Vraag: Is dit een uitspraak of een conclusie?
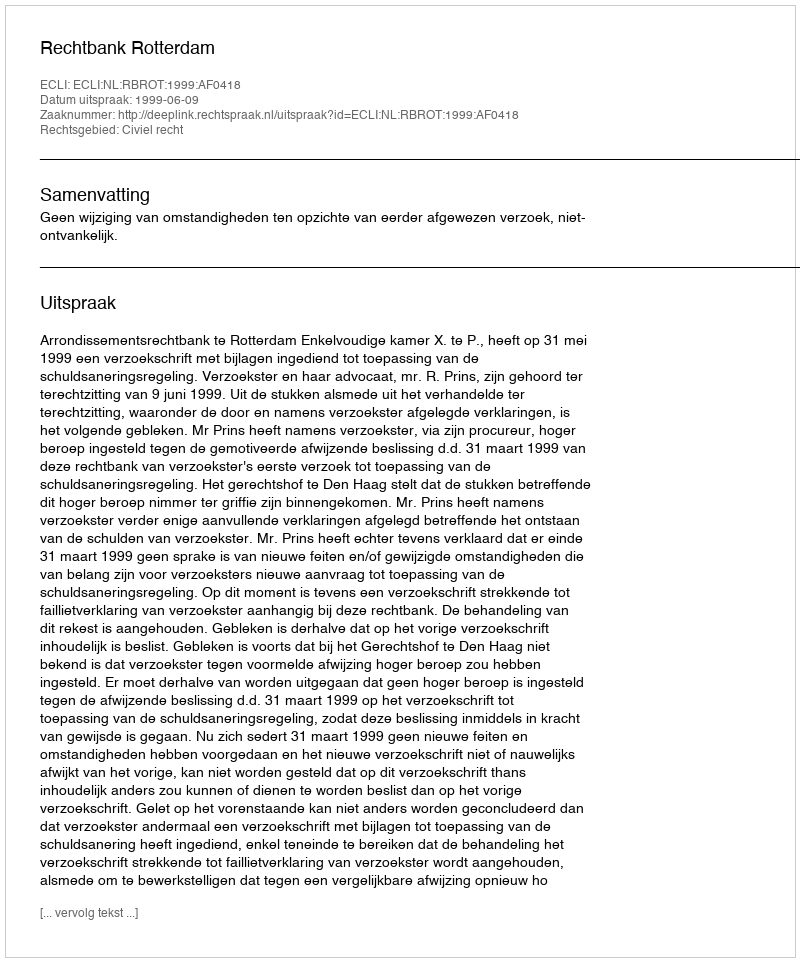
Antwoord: Uitspraak